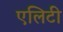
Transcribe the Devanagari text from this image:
एलिटी